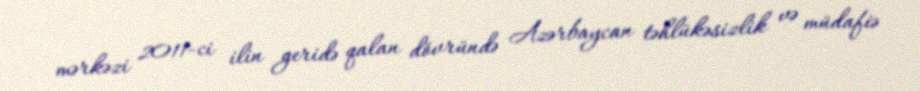
mərkəzi 2011-ci ilin geridə qalan dövründə Azərbaycan təhlükəsizlik və müdafiə